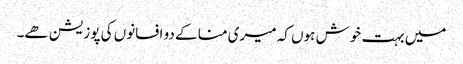
میں بہت خوش ہوں کہ میری منا کے دو افسانوں کی پوزیشن ھے۔